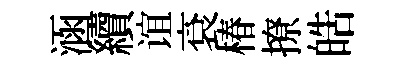
涵續谊袞椿撩皓